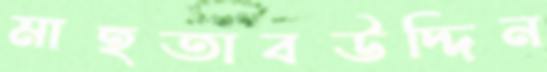
মাহতাবউদ্দিন